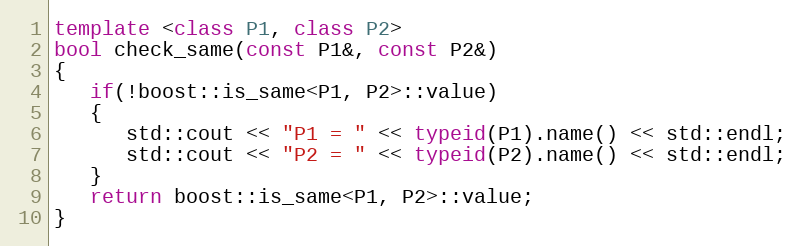
Language: C++
template <class P1, class P2>
bool check_same(const P1&, const P2&)
{
   if(!boost::is_same<P1, P2>::value)
   {
      std::cout << "P1 = " << typeid(P1).name() << std::endl;
      std::cout << "P2 = " << typeid(P2).name() << std::endl;
   }
   return boost::is_same<P1, P2>::value;
}